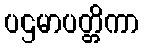
ပဌမာပတ္တိကာ